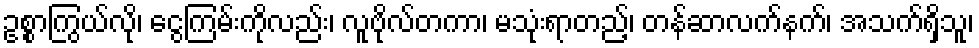
ဥစ္စာကြွယ်လို၊ ငွေကြမ်းကိုလည်း၊ လူဗိုလ်တကာ၊ မသုံးရာတည့်၊ တန်ဆာလက်နက်၊ အသက်ရှိသူ၊